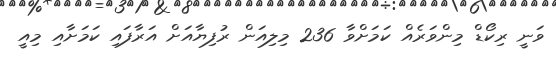
ވަނީ ރިކޯޑް މިންވަރެއް ކަމަށްވާ 236 މިލިއަން ރުފިޔާއަށް އަރާފައި ކަމަށާއި މިއީ